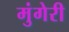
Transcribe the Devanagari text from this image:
मुंगेरी